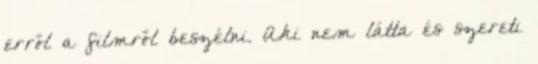
erről a filmről beszélni. Aki nem látta és szereti